Leaving Certificate Examination (including Day School Certificate (Higher) General paper), 1928
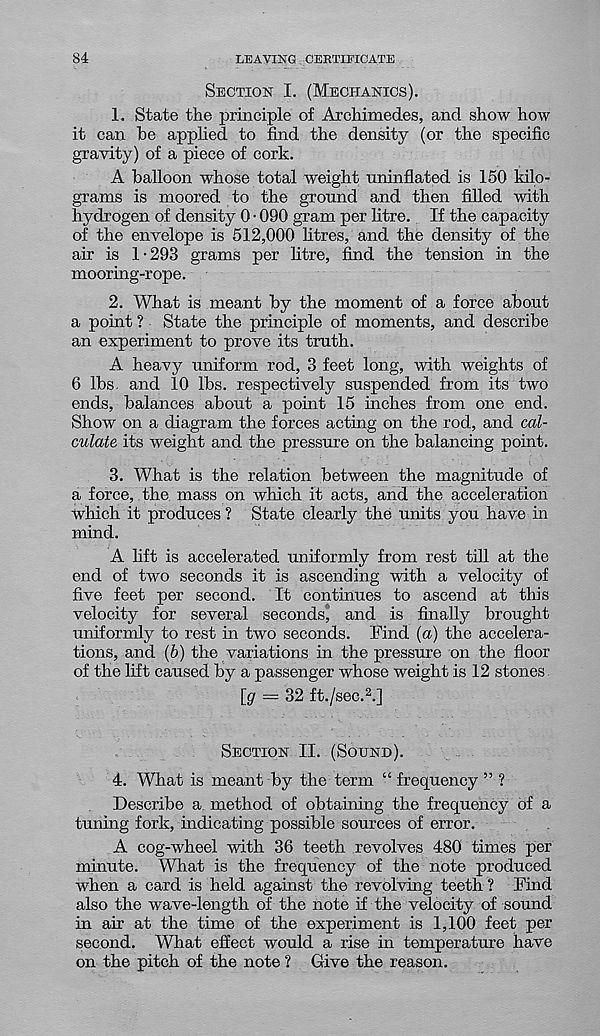
84
LEAVING CERTIFICATE
Section I. (Mechanics).
1. State the principle of Archimedes, and show how
it can he applied to find the density (or the specific
gravity) of a piece of cork.
A balloon whose total weight uninflated is 150 kilo-
grams is moored to the ground and then filled with
hydrogen of density 0 • 090 gram per litre. If the capacity
of the envelope is 512,000 litres, and the density of the
air is 1-293 grams per litre, find the tension in the
mooring-rope.
2. What is meant by the moment of a force about
a point ? State the principle of moments, and describe
an experiment to prove its truth.
A heavy uniform rod, 3 feet long, with weights of
6 lbs. and 10 lbs. respectively suspended from its two
ends, balances about a point 15 inches from one end.
Show on a diagram the forces acting on the rod, and cal-
culate its weight and the pressure on the balancing point.
3. What is the relation between the magnitude of
a force, the mass on which it acts, and the acceleration
which it produces? State clearly the units you have in
mind.
A lift is accelerated uniformly from rest till at the
end of two seconds it is ascending with a velocity of
five feet per second. It continues to ascend at this
velocity for several seconds^ and is finally brought
uniformly to rest in two seconds. Find (a) the accelera-
tions, and (6) the variations in the pressure on the floor
of the lift caused by a passenger whose weight is 12 stones
[g
32 ft./sec. 2 .]
Section II. (Sound).
4. What is meant by the term “ frequency ” ?
Describe a method of obtaining the frequency of a
tuning fork, indicating possible sources of error.
A cog-wheel with 36 teeth revolves 480 times per
minute. What is the frequency of the note produced
when a card is held against the revolving teeth? Find
also the wave-length of the note if the velocity of sound
in air at the time of the experiment is 1,100 feet per
second. What effect would a rise in temperature have
on the pitch of the note ? Give the reason.